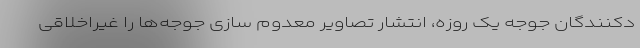
دکنندگان جوجه یک روزه، انتشار تصاویر معدوم سازی جوجه‌ها را غیراخلاقی